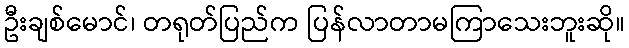
ဦးချစ်မောင်၊ တရုတ်ပြည်က ပြန်လာတာမကြာသေးဘူးဆို။